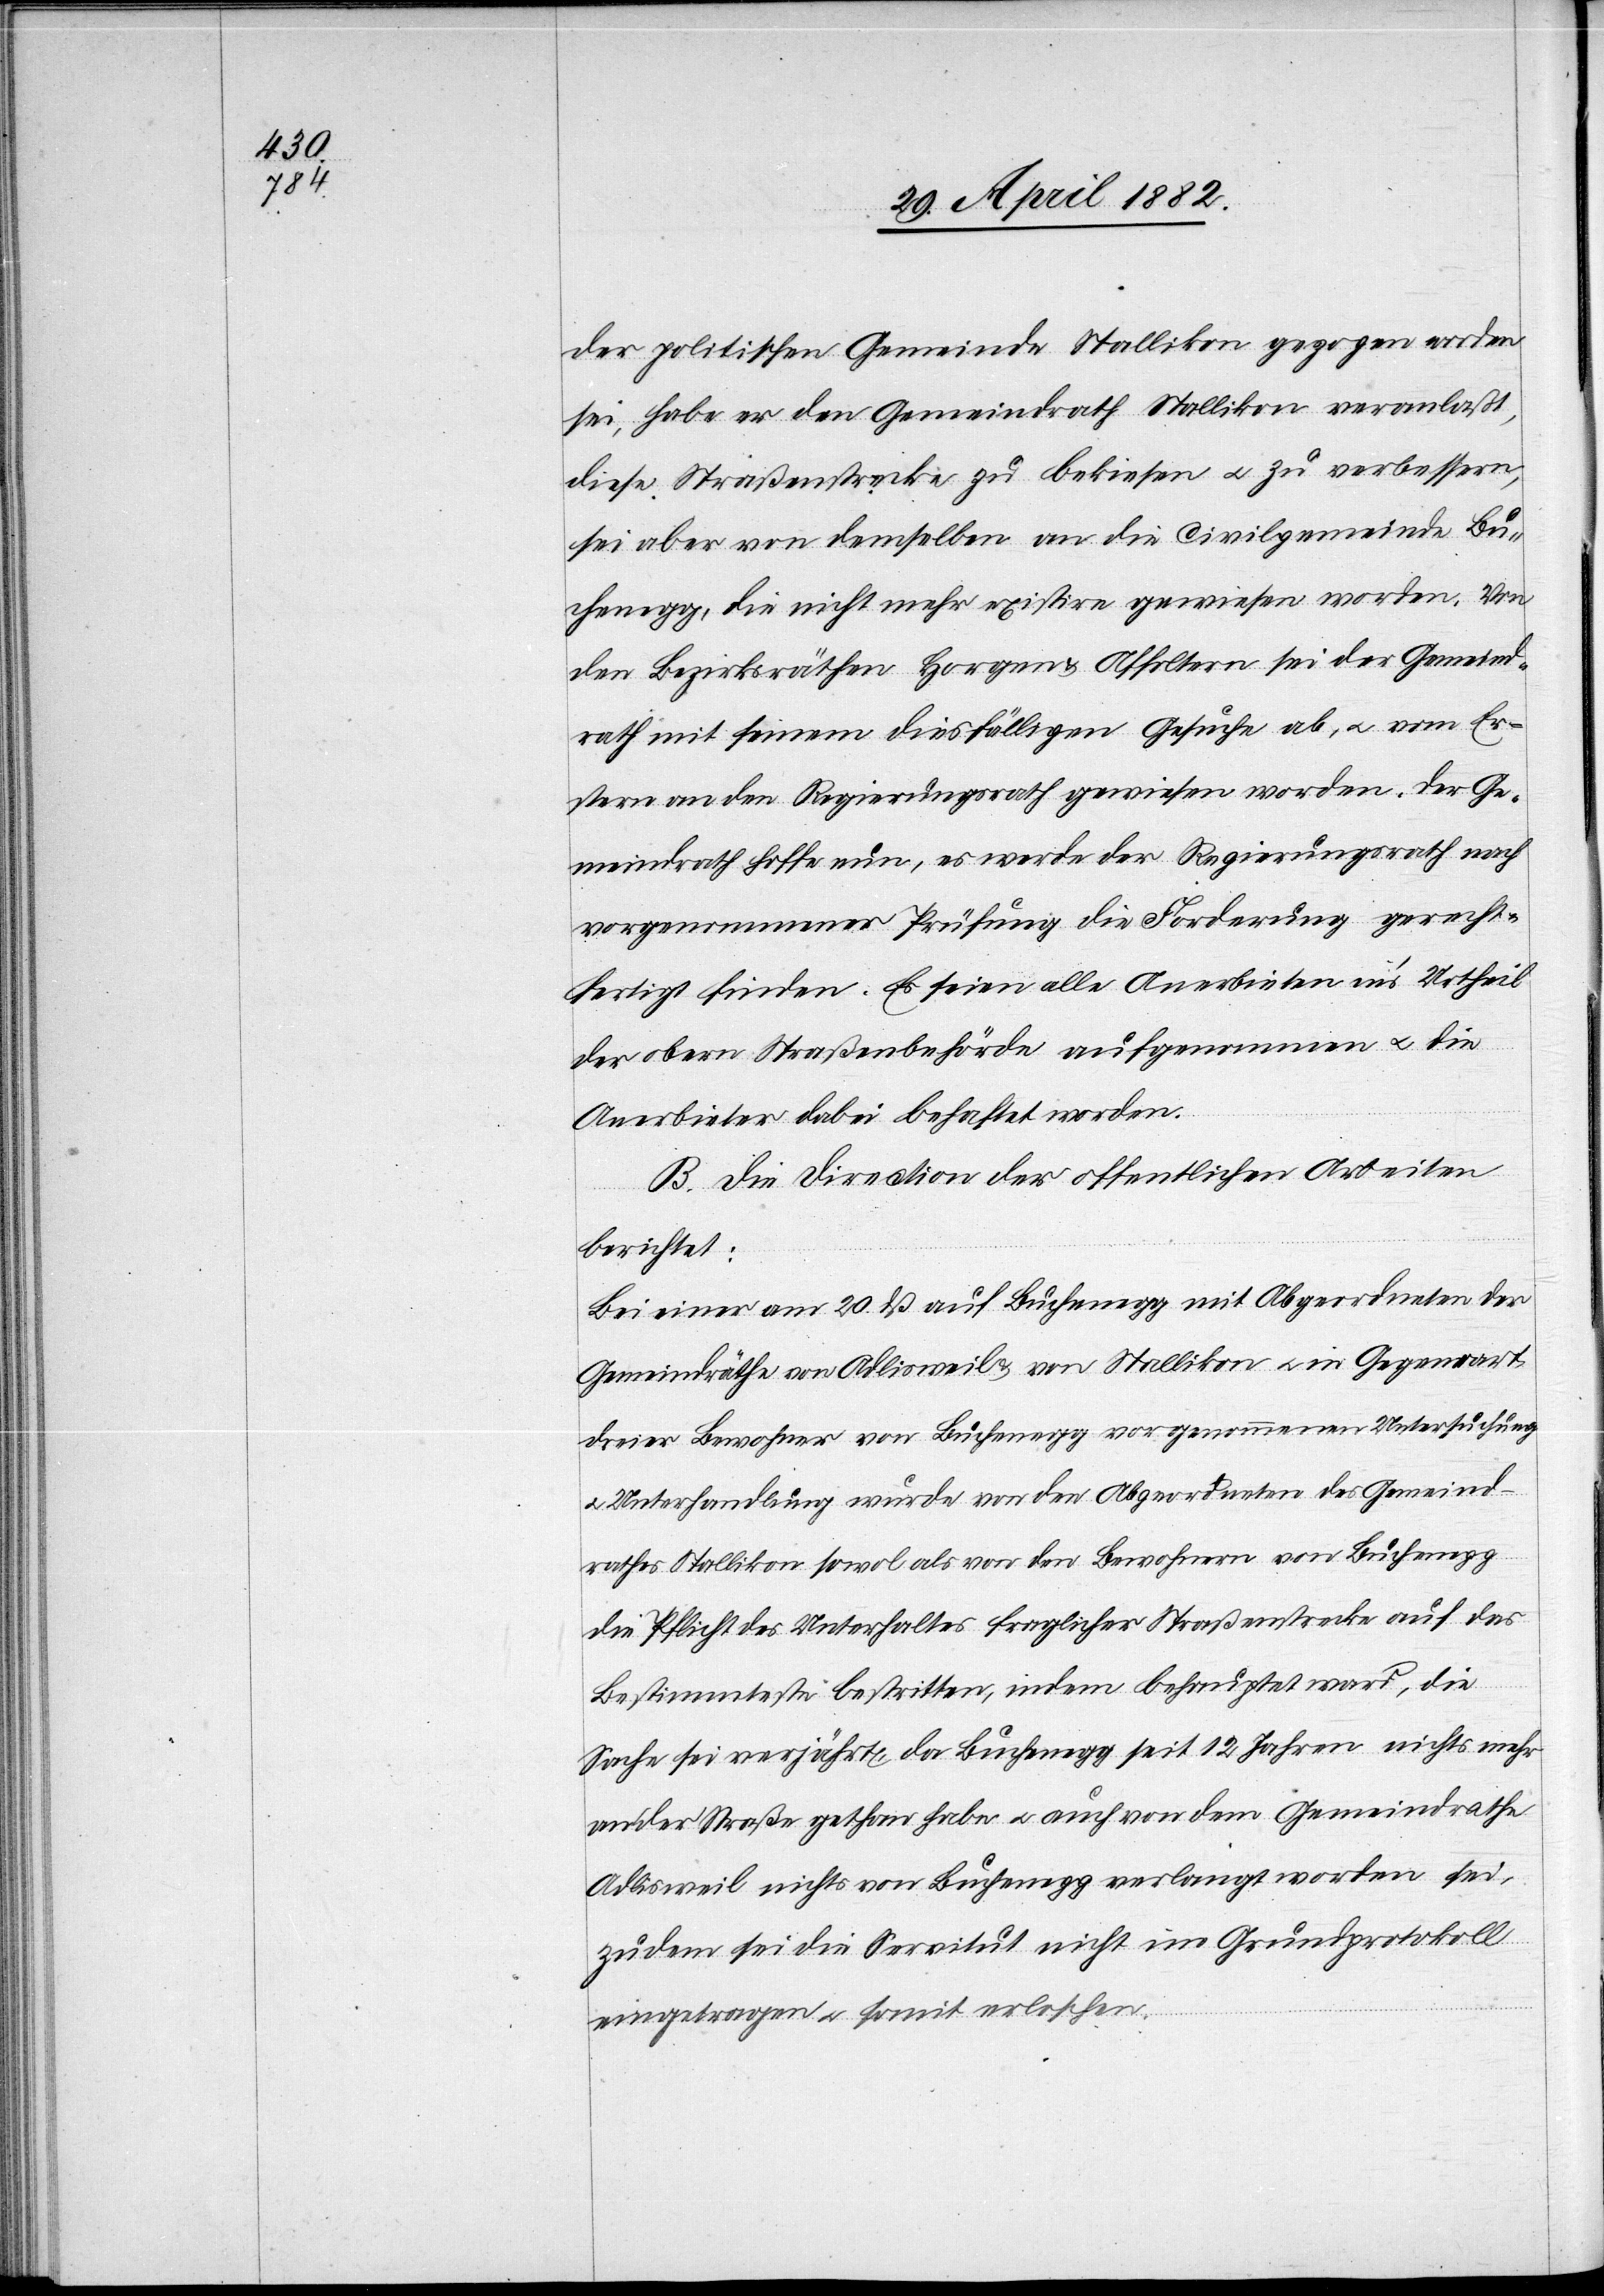
der politischen Gemeinde Stallikon gezogen worden
sei, habe er den Gemeindrath Stallikon veranlaßt,
diese Straßenstrecke zu bekiesen u. zu verbessern,
sei aber von demselben an die Civilgemeinde Bu¬
chenegg, die nicht mehr existire gewiesen worden. Von
den Bezirksräthen Horgen & Affoltern sei der Gemeind¬
rath mit seinem diesfälligen Gesuche ab[-], u. vom Er¬
stern an den Regierungsrath gewiesen worden. Der Ge¬
meindrath hoffe nun, es werde der Regierungsrath nach
vorgenommener Prüfung die Forderung gerecht¬
fertigt finden. Es seien alle Arbeiten in’s Urtheil
der obern Straßenbehörde aufgenommen u. die
Arbeiter dabei behaftet worden.
B. Die Direction der öffentlichen Arbeiten
berichtet:
Bei einer am 20. dß. auf Buchenegg mit Abgeordneten der
Gemeindräthe von Adlisweil & von Stallikon u. in Gegenwart
dreier Bewohner von Buchenegg vorgenommenen Untersuchung
u. Unterhandlung wurde von den Abgeordneten des Gemeind¬
rathes Stallikon sowol als von den Bewohnern von Buchenegg
die Pflicht des Unterhaltes fraglicher Straßenstrecke auf das
Bestimmteste bestritten, indem behauptet ward, die
Sache sei verjährt, da Buchenegg seit 12 Jahren nichts mehr
an der Straße gethan habe u. auch von dem Gemeindrathe
Adlisweil nichts von Buchenegg verlangt worden sei,
zudem sei die Servitut nicht im Grundprotokoll
eingetragen u. somit erloschen.